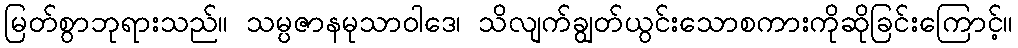
မြတ်စွာဘုရားသည်။ သမ္ပဇာနမုသာဝါဒေ၊ သိလျက်ချွတ်ယွင်းသောစကားကိုဆိုခြင်းကြောင့်။